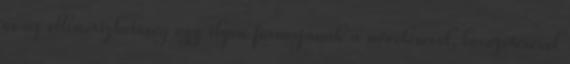
és az ellenőrizhetőség egy ilyen formájának a növelésével, bevezetésével